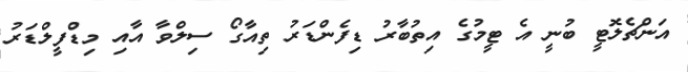
އަންޗެލޮޓީ ބުނީ އެ ޓީމުގެ އިތުބާރު ޑިފެންޑަރު ތިއާގޯ ސިލްވާ އާއި މިޑްފީލްޑަރު